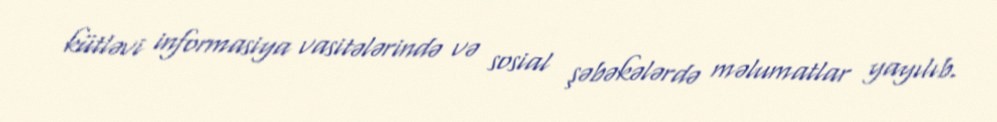
kütləvi informasiya vasitələrində və sosial şəbəkələrdə məlumatlar yayılıb.